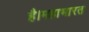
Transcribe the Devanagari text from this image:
है।महाभारत